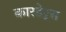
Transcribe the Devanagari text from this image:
कारडेट्स